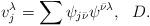
LaTeX: \begin{align*} v_j^\lambda=\sum\psi_{j\bar\nu}\psi^{\bar\nu\lambda}, \ \ D.\end{align*}